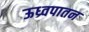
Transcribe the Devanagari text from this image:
ऊध्र्वपातन